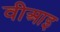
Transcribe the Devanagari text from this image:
वीआइ